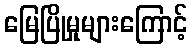
မြေပြိုမှုများကြောင့်